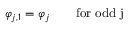
\varphi _ { j , 1 } = \varphi _ { j } \qquad \mathrm { f o r ~ o d d ~ j ~ }